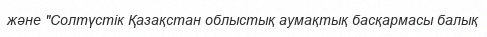
және "Солтүстік Қазақстан облыстық аумақтық басқармасы балық